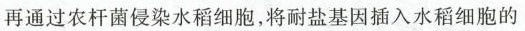
再通过农杆菌侵染水稻细胞，将耐盐基因插入水稻细胞的